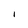
Character: l